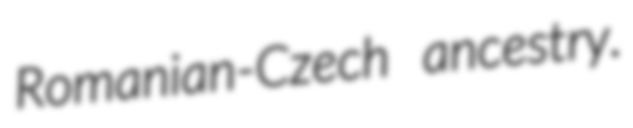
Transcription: Romanian-Czech ancestry.